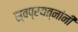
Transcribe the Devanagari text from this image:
स्वप्रयत्‍नांनी